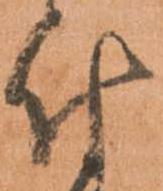
付